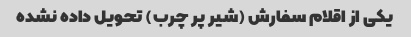
یکی از اقلام سفارش (شیر پر چرب) تحویل داده نشده